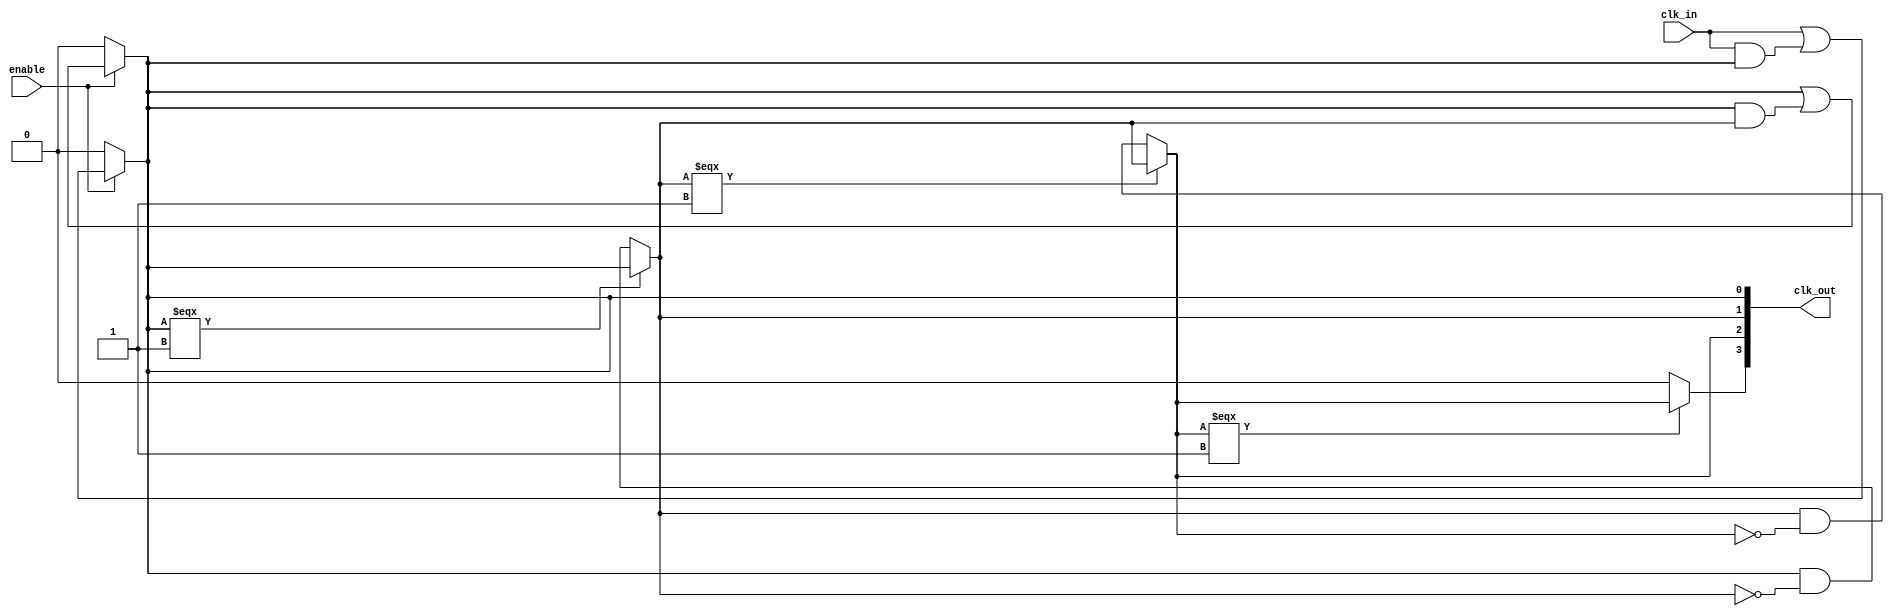
module LowPowerClockBuffer (
    input wire clk_in,         // Input clock signal
    input wire enable,         // Enable signal for power gating
    output wire [3:0] clk_out  // Buffered clock outputs (4 outputs)
);

// Parameters for buffer design
parameter WIDTH = 4;              // Number of buffered outputs
parameter RISE_TIME = 5;          // Rise time for the buffer
parameter FALL_TIME = 5;          // Fall time for the buffer

// Internal signals
wire clk_buf1, clk_buf2, clk_buf3, clk_buf4;

// Buffer stage 1 - first buffering stage with inverter and pass-gate
generate
    genvar i;
    for (i = 0; i < WIDTH; i = i + 1) begin : buffer_stage
        if (i == 0) begin
            // First stage buffer with weak pull-up/down
            assign clk_buf1 = enable ? (clk_in | (clk_in & clk_buf1)) : 1'b0;  // Pass-gate logic
        end else begin
            // Subsequent stages
            assign clk_buf1 = enable ? (clk_buf1 | (clk_buf1 & clk_buf2)) : 1'b0;
        end
    end
endgenerate

// Buffer stage 2 - additional buffering with hysteresis
assign clk_buf2 = (clk_buf1 === 1'b1) ? (clk_buf1) : (clk_buf1 & ~clk_buf2);

// Buffer stage 3 - final buffer stage
assign clk_buf3 = (clk_buf2 === 1'b1) ? (clk_buf2) : (clk_buf2 & ~clk_buf3);

// Assign outputs
assign clk_out[0] = clk_buf1;
assign clk_out[1] = clk_buf2;
assign clk_out[2] = clk_buf3;
assign clk_out[3] = (clk_buf3 === 1'b1) ? clk_buf3 : 1'b0; // Output

// Built-in self-test (BIST) for fault detection
reg bist_enable;
always @(posedge clk_in or negedge enable) begin
    if (!enable) begin
        bist_enable <= 1'b0;
    end else begin
        bist_enable <= 1'b1; // Simple BIST toggle
    end
end

endmodule